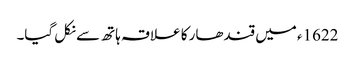
1622ء میں قندھار کا علاقہ ہاتھ سے نکل گیا۔